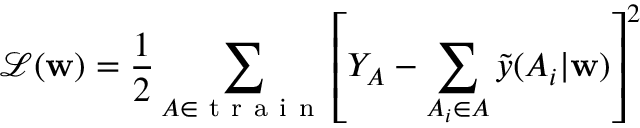
\mathcal { L } ( \mathbf { w } ) = \frac { 1 } { 2 } \sum _ { A \in \mathrm { ~ t ~ r ~ a ~ i ~ n ~ } } \left[ Y _ { A } - \sum _ { A _ { i } \in A } \Tilde { y } ( A _ { i } | \mathbf { w } ) \right] ^ { 2 }